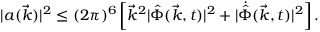
\vert a ( \vec { k } ) \vert ^ { 2 } \leq ( 2 \pi ) ^ { 6 } \left[ { \vec { k } } ^ { 2 } \vert { \hat { \Phi } } ( \vec { k } , t ) \vert ^ { 2 } + \vert { \dot { \hat { \Phi } } } ( \vec { k } , t ) \vert ^ { 2 } \right] .